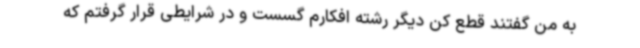
به من گفتند قطع کن دیگر رشته افکارم گسست و در شرایطی قرار گرفتم که